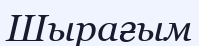
Шырағым